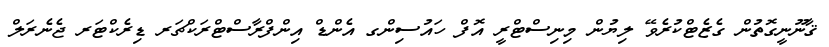
ޤާނޫނީގޮތުން ގެޒެޓްކުރެވޭ ލިޔުން މިނިސްޓްރީ އޮފް ހައުސިންގ އެންޑް އިންފްރާސްޓްރަކްޗަރ ޑިރެކްޓަރ ޖެނެރަލް